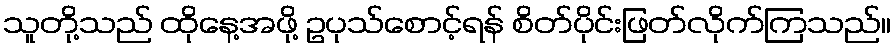
သူတို့သည် ထိုနေ့အဖို့ ဥပုသ်စောင့်ရန် စိတ်ပိုင်းဖြတ်လိုက်ကြသည်။